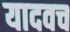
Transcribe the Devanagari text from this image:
यादवच